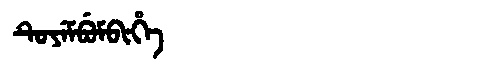
Manchu: ᡨᡠᠶᡝᠮᠪᡠᠮᠪᡳᡥᡝ
Romanization: TUYEMBUMBIHE